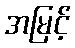
အမြင့်